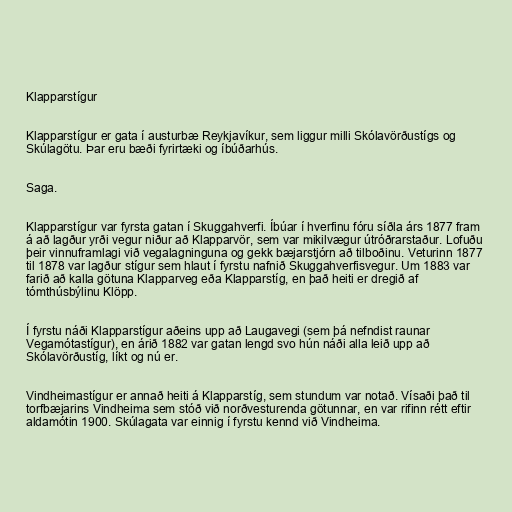
Klapparstígur

Klapparstígur er gata í austurbæ Reykjavíkur, sem liggur milli Skólavörðustígs og
Skúlagötu. Þar eru bæði fyrirtæki og íbúðarhús.

Saga.

Klapparstígur var fyrsta gatan í Skuggahverfi. Íbúar í hverfinu fóru síðla árs 1877 fram
á að lagður yrði vegur niður að Klapparvör, sem var mikilvægur útróðrarstaður. Lofuðu
þeir vinnuframlagi við vegalagninguna og gekk bæjarstjórn að tilboðinu. Veturinn 1877
til 1878 var lagður stígur sem hlaut í fyrstu nafnið Skuggahverfisvegur. Um 1883 var
farið að kalla götuna Klapparveg eða Klapparstíg, en það heiti er dregið af
tómthúsbýlinu Klöpp.

Í fyrstu náði Klapparstígur aðeins upp að Laugavegi (sem þá nefndist raunar
Vegamótastígur), en árið 1882 var gatan lengd svo hún náði alla leið upp að
Skólavörðustíg, líkt og nú er.

Vindheimastígur er annað heiti á Klapparstíg, sem stundum var notað. Vísaði það til
torfbæjarins Vindheima sem stóð við norðvesturenda götunnar, en var rifinn rétt eftir
aldamótin 1900. Skúlagata var einnig í fyrstu kennd við Vindheima.